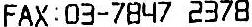
FAX : 03-7847 2378